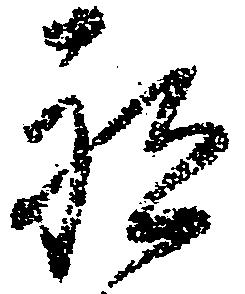
祗